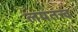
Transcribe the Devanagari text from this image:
लयतत्त्व